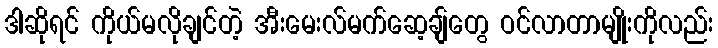
ဒါဆိုရင် ကိုယ်မလိုချင်တဲ့ အီးမေးလ်မက်ဆေ့ချ်တွေ ဝင်လာတာမျိုးကိုလည်း